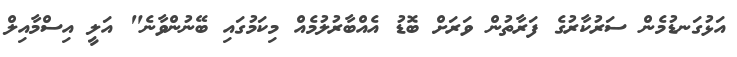
އަޅުގަނޑުމެން ސަރުކާރުގެ ފަރާތުން ވަރަށް ބޮޑު އެއްބާރުލުމެއް މިކަމުގައި ބޭނުންވާނެ" އަލީ އިސްމާއިލް